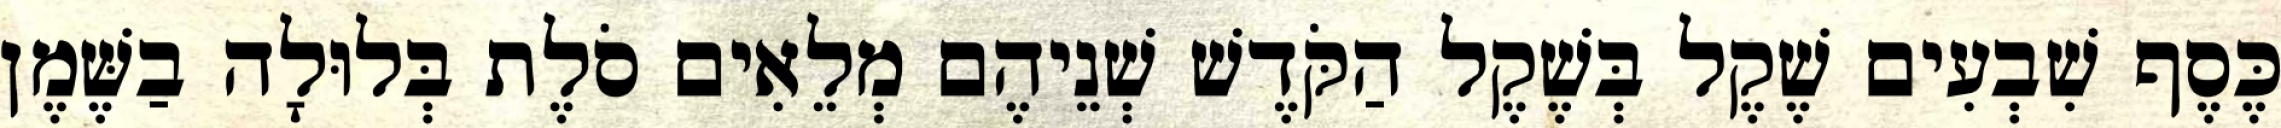
כֶּסֶף שִׁבְעִים שֶׁקֶל בְּשֶׁקֶל הַקֹּדֶשׁ שְׁנֵיהֶם מְלֵאִים סֹלֶת בְּלוּלָה בַשֶּׁמֶן